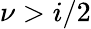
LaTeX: \nu>i/2